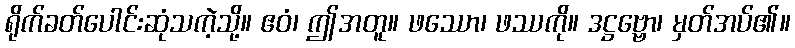
ရိုက်ခတ်ပေါင်းဆုံသကဲ့သို့။ ဧဝံ၊ ဤအတူ။ ဖဿော၊ ဖဿကို။ ဒဋ္ဌဗ္ဗော၊ မှတ်အပ်၏။